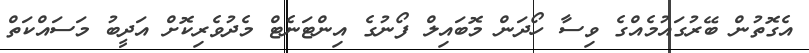
އެގޮތުން ބޭރުގައުމެއްގެ ވިސާ ހޯދަން މޮބައިލް ފޯނުގެ އިންޓަނެޓް މެދުވެރިކޮށް އަދީބު މަސައްކަތް